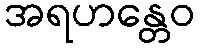
အရဟန္တေဝ